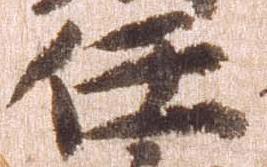
任